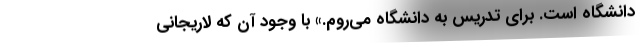
دانشگاه است. برای تدریس به دانشگاه می‌روم.» با وجود آن که لاریجانی